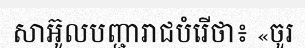
សាអ៊ូលបញ្ជារាជបំរើថា៖ «ចូរ